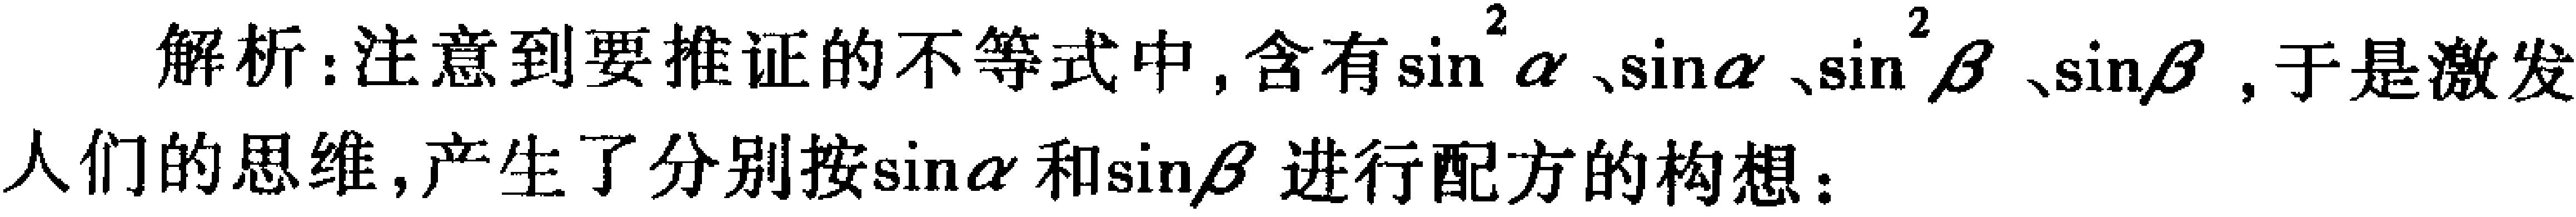
解析：注意到要推证的不等式中，含有\(\sin^{2}\alpha\)、\(\sin\alpha\)、\(\sin^{2}\beta\)、\(\sin\beta\)，于是激发人们的思维，产生了分别按\(\sin\alpha\)和\(\sin\beta\)进行配方的构想：